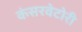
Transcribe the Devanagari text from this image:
कंसरवेटोरी